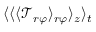
\langle \langle \langle \mathcal { T } _ { r \varphi } \rangle _ { r \varphi } \rangle _ { z } \rangle _ { t }